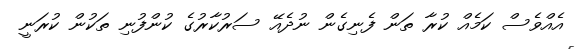
އެއްވެސް ކަމެއް ކުރާ ތަން ފެނިގެން ނުދެއޭ ސަރުކާރުގެ ކުންފުނި ތަކުން ކުރަނީ